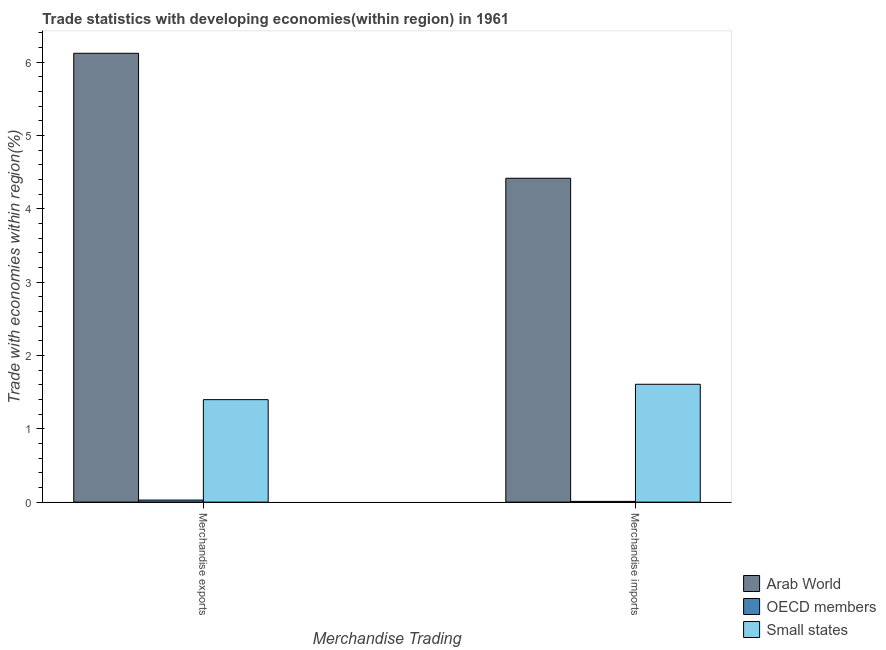
| Merchandise Trading | Arab World | OECD members | Small states |
 | --- | --- | --- | --- |
 | Merchandise exports | 6.12 | 0.028 | 1.4 |
 | Merchandise imports | 4.42 | 0.0101 | 1.61 |